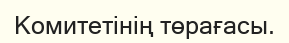
Комитетінің төрағасы.